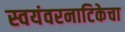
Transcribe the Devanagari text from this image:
स्वयंवरनाटिकेचा